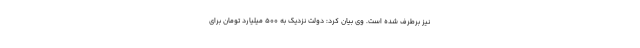
نیز برطرف شده است. وی بیان کرد: دولت نزدیک به 500 میلیارد تومان برای